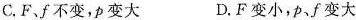
C.F、f不变，p变大 D.F变小，p、f变大